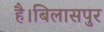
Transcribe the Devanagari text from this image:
है।बिलासपुर